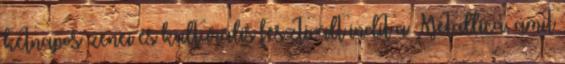
kétnapos zenei és kulturális fesztivált indít a Metallica, amit